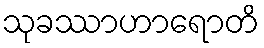
သုခဿာဟာရောတိ